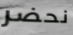
نحضر